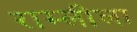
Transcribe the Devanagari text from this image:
राम्लीला